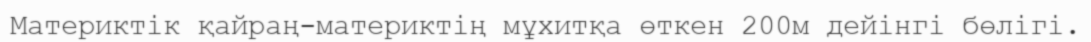
Материктік қайраң-материктің мұхитқа өткен 200м дейінгі бөлігі.